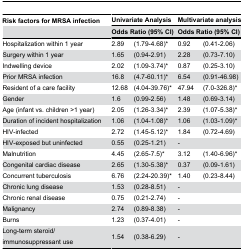
<table><thead><tr><td><b>Risk factors for MRSA infection</b></td><td colspan="2"><b>Univariate Analysis</b></td><td colspan="2"><b>Multivariate analysis</b></td></tr><tr><td></td><td colspan="2"><b>Odds Ratio (95% CI)</b></td><td colspan="2"><b>Odds Ratio (95% CI)</b></td></tr></thead><tbody><tr><td>Hospitalization within 1 year</td><td>2.89</td><td>(1.79-4.68)*</td><td>0.92</td><td>(0.41-2.06)</td></tr><tr><td>Surgery within 1 year</td><td>1.65</td><td>(0.94-2.91)</td><td>2.28</td><td>(0.73-7.10)</td></tr><tr><td>Indwelling device</td><td>2.02</td><td>(1.09-3.74)*</td><td>0.87</td><td>(0.25-3.10)</td></tr><tr><td>Prior MRSA infection</td><td>16.8</td><td>(4.7-60.11)*</td><td>6.54</td><td>(0.91-46.98)</td></tr><tr><td>Resident of a care facility</td><td>12.68</td><td>(4.04-39.76)*</td><td>47.94</td><td>(7.0-326.8)*</td></tr><tr><td>Gender</td><td>1.6</td><td>(0.99-2.56)</td><td>1.48</td><td>(0.69-3.14)</td></tr><tr><td>Age (infant vs. children &gt;1 year)</td><td>2.05</td><td>(1.26-3.34)*</td><td>2.39</td><td>(1.07-5.38)*</td></tr><tr><td>Duration of incident hospitalization</td><td>1.06</td><td>(1.04-1.08)*</td><td>1.06</td><td>(1.03-1.09)*</td></tr><tr><td>HIV-infected</td><td>2.72</td><td>(1.45-5.12)*</td><td>1.84</td><td>(0.72-4.69)</td></tr><tr><td>HIV-exposed but uninfected</td><td>0.55</td><td>(0.25-1.21)</td><td>-</td><td></td></tr><tr><td>Malnutrition</td><td>4.45</td><td>(2.65-7.5)*</td><td>3.12</td><td>(1.40-6.96)*</td></tr><tr><td>Congenital cardiac disease</td><td>2.65</td><td>(1.30-5.38)*</td><td>0.37</td><td>(0.09-1.61)</td></tr><tr><td>Concurrent tuberculosis</td><td>6.76</td><td>(2.24-20.39)*</td><td>1.40</td><td>(0.23-8.44)</td></tr><tr><td>Chronic lung disease</td><td>1.53</td><td>(0.28-8.51)</td><td>-</td><td></td></tr><tr><td>Chronic renal disease</td><td>0.75</td><td>(0.21-2.74)</td><td>-</td><td></td></tr><tr><td>Malignancy</td><td>2.74</td><td>(0.89-8.38)</td><td>-</td><td></td></tr><tr><td>Burns</td><td>1.23</td><td>(0.37-4.01)</td><td>-</td><td></td></tr><tr><td>Long-term steroid/immunosuppressant use</td><td>1.54</td><td>(0.38-6.29)</td><td>-</td><td></td></tr></tbody></table>